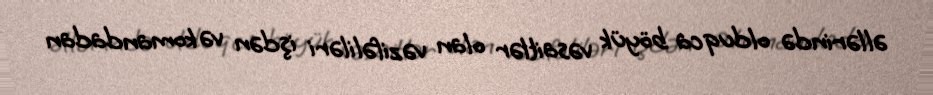
əllərində olduqca böyük vəsaitlər olan vəzifəliləri işdən və komandadan